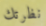
نظرتك